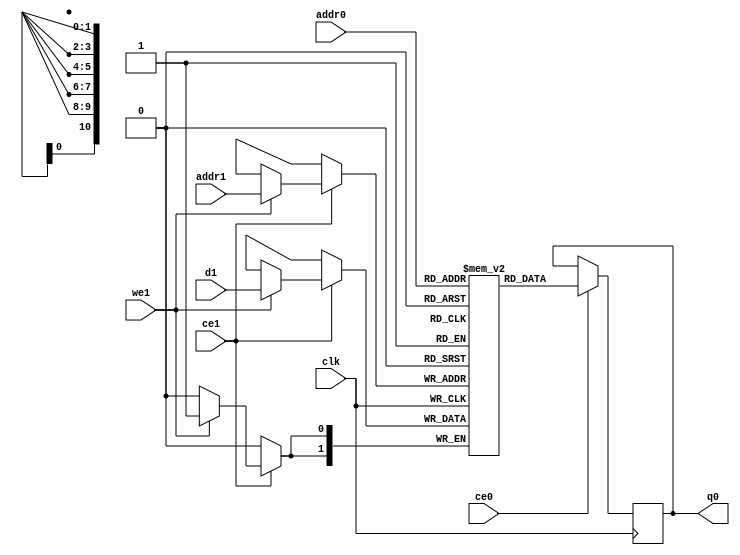
// ==============================================================
// Vitis HLS - High-Level Synthesis from C, C++ and OpenCL v2020.2 (64-bit)
// Copyright 1986-2020 Xilinx, Inc. All Rights Reserved.
// ==============================================================
`timescale 1 ns / 1 ps
module ConvolutionInputGenerator_6_ConvolutionInputGenerator_3u_256u_2u_6u_4u_1u_1u_ap_resource_lutram_s_inputBubkb_ram (addr0, ce0, q0, addr1, ce1, d1, we1,  clk);

parameter DWIDTH = 2;
parameter AWIDTH = 11;
parameter MEM_SIZE = 1536;

input[AWIDTH-1:0] addr0;
input ce0;
output reg[DWIDTH-1:0] q0;
input[AWIDTH-1:0] addr1;
input ce1;
input[DWIDTH-1:0] d1;
input we1;
input clk;

(* ram_style = "distributed" *)reg [DWIDTH-1:0] ram[0:MEM_SIZE-1];




always @(posedge clk)  
begin 
    if (ce0) begin
        q0 <= ram[addr0];
    end
end


always @(posedge clk)  
begin 
    if (ce1) begin
        if (we1) 
            ram[addr1] <= d1; 
    end
end


endmodule

`timescale 1 ns / 1 ps
module ConvolutionInputGenerator_6_ConvolutionInputGenerator_3u_256u_2u_6u_4u_1u_1u_ap_resource_lutram_s_inputBubkb(
    reset,
    clk,
    address0,
    ce0,
    q0,
    address1,
    ce1,
    we1,
    d1);

parameter DataWidth = 32'd2;
parameter AddressRange = 32'd1536;
parameter AddressWidth = 32'd11;
input reset;
input clk;
input[AddressWidth - 1:0] address0;
input ce0;
output[DataWidth - 1:0] q0;
input[AddressWidth - 1:0] address1;
input ce1;
input we1;
input[DataWidth - 1:0] d1;



ConvolutionInputGenerator_6_ConvolutionInputGenerator_3u_256u_2u_6u_4u_1u_1u_ap_resource_lutram_s_inputBubkb_ram ConvolutionInputGenerator_6_ConvolutionInputGenerator_3u_256u_2u_6u_4u_1u_1u_ap_resource_lutram_s_inputBubkb_ram_U(
    .clk( clk ),
    .addr0( address0 ),
    .ce0( ce0 ),
    .q0( q0 ),
    .addr1( address1 ),
    .ce1( ce1 ),
    .we1( we1 ),
    .d1( d1 ));

endmodule